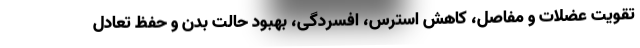
تقویت عضلات و مفاصل، کاهش استرس، افسردگی، بهبود حالت بدن و حفظ تعادل